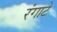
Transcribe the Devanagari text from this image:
रंगाटे